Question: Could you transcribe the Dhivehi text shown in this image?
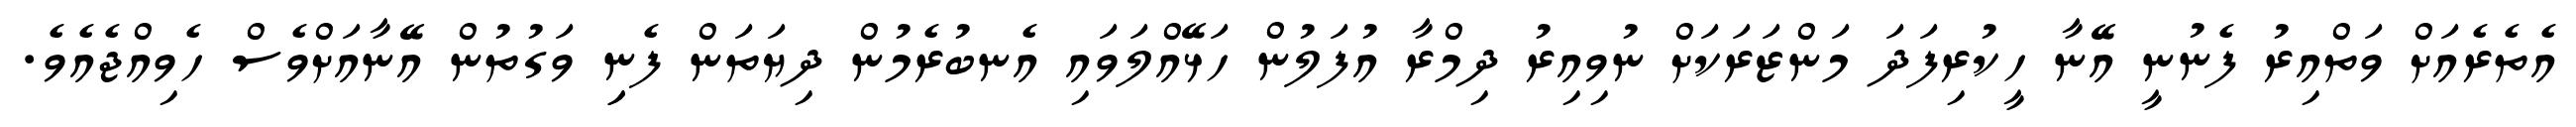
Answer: އެތެރެއަށް ވަތްއިރު ފެނުނީ އޭނާ ހީކުރިފަދަ މަންޒަރަކަށް ނުވިއިރު ދިމްރާ އުފަލުން ހަޅޭއްލަވައި އެނބުރެމުން ދިޔަތަން ފެނިި ވަގުތުން އޭނާއަށްވެސް ހެވިއްޖެއެވެ.